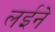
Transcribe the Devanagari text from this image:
लईने